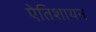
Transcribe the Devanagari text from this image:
ऐतिशायन